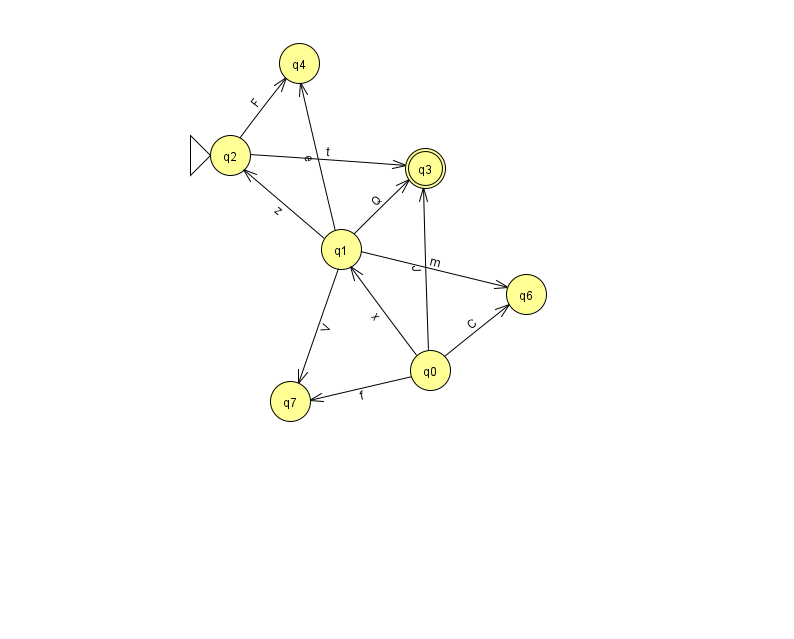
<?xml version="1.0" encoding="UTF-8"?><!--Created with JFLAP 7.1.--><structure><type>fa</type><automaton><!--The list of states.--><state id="0" name="q0"><x>430.0</x><y>357.0</y></state><state id="1" name="q1"><x>341.0</x><y>236.0</y></state><state id="2" name="q2"><x>230.0</x><y>142.0</y><initial/></state><state id="3" name="q3"><x>425.0</x><y>155.0</y><final/></state><state id="4" name="q4"><x>299.0</x><y>50.0</y></state><state id="6" name="q6"><x>526.0</x><y>281.0</y></state><state id="7" name="q7"><x>290.0</x><y>388.0</y></state><!--The list of transitions.--><transition><from>2</from><to>3</to><read>t</read></transition><transition><from>0</from><to>3</to><read>J</read></transition><transition><from>0</from><to>7</to><read>f</read></transition><transition><from>1</from><to>3</to><read>Q</read></transition><transition><from>1</from><to>4</to><read>e</read></transition><transition><from>0</from><to>1</to><read>x</read></transition><transition><from>2</from><to>4</to><read>F</read></transition><transition><from>1</from><to>2</to><read>z</read></transition><transition><from>0</from><to>6</to><read>C</read></transition><transition><from>1</from><to>6</to><read>m</read></transition><transition><from>1</from><to>7</to><read>V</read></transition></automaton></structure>